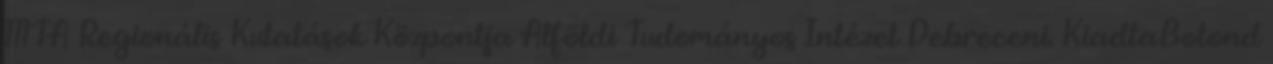
MTA Regionális Kutatások Központja Alföldi Tudományos Intézet Debreceni. KiadtaBotond